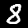
Label: 8